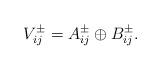
LaTeX: \begin{align*}V_{ij}^\pm = A_{ij}^\pm\oplus B_{ij}^\pm.\end{align*}